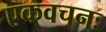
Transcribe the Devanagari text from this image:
एकवचनः